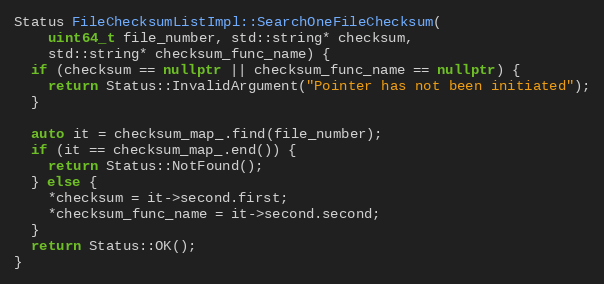
Language: C++
Status FileChecksumListImpl::SearchOneFileChecksum(
    uint64_t file_number, std::string* checksum,
    std::string* checksum_func_name) {
  if (checksum == nullptr || checksum_func_name == nullptr) {
    return Status::InvalidArgument("Pointer has not been initiated");
  }

  auto it = checksum_map_.find(file_number);
  if (it == checksum_map_.end()) {
    return Status::NotFound();
  } else {
    *checksum = it->second.first;
    *checksum_func_name = it->second.second;
  }
  return Status::OK();
}